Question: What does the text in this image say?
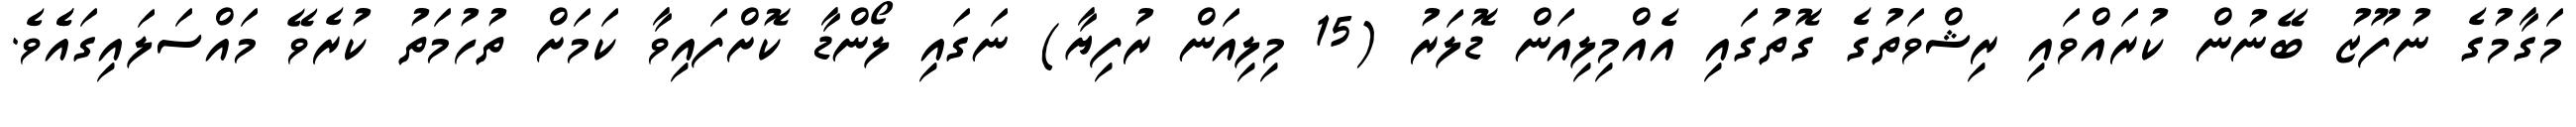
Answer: މަގާމުގެ ނުފޫޒު ބޭނުން ކުރައްވައި ރިޝްވަތުގެ ގޮތުގައި އެއްމިލިއަން ޑޮލަރު (15 މިލިއަން ރުފިޔާ) ނަގައި ލޯންޑާ ކޮށްފައިވާ ކަމަށް ތުހުމަތު ކުރެވޭ މައްސަލައިގައެެވެ.